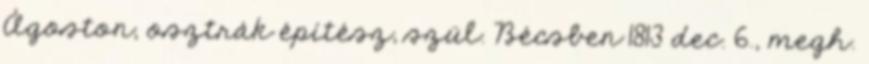
Ágoston, osztrák építész, szül. Bécsben 1813 dec. 6., megh.